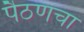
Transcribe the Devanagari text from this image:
पैठणचा